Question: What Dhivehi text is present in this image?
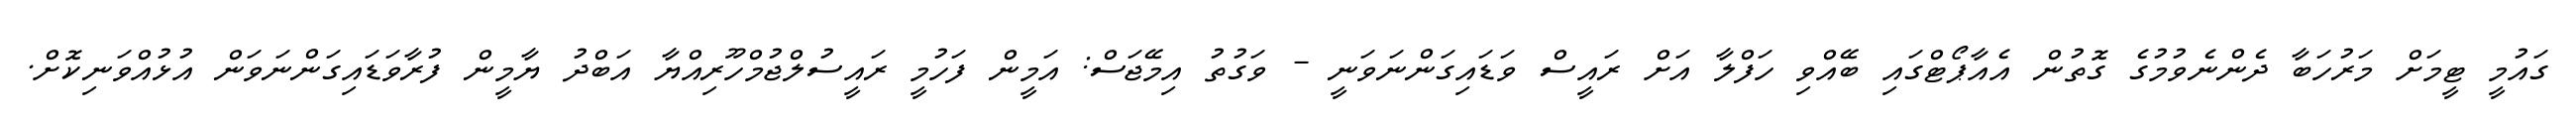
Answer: ގައުމީ ޓީމަށް މަރުހަބާ ދެންނެވުމުގެ ގޮތުން އެއާޕޯޓްގައި ބޭއްވި ހަފްލާ އަށް ރައީސް ވަޑައިގަންނަވަނީ - ވަގުތު އިމޭޖަސް: އަމީން ފަހުމީ ރައީސުލްޖުމްހޫރިއްޔާ އަބްދު ޔާމީން ފުރާވަޑައިގަންނަވަން އުޅުއްވަނިކޮށް.